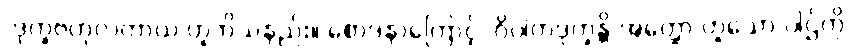
‘ဒုက္ခဗဟုလတာယ’ဟူဘိသနည်း။ စောဒနာကြောင့် ‘ဝိပါကဒုက္ခန္တိ အတ္ထော’ဟူသော ပါဌ်ကို